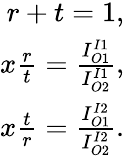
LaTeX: \begin{array}{r}{r+t=1,}\\ {x\frac{r}{t}=\frac{I_{O1}^{I1}}{I_{O2}^{I1}},}\\ {x\frac{t}{r}=\frac{I_{O1}^{I2}}{I_{O2}^{I2}}.}\end{array}